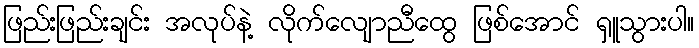
ဖြည်းဖြည်းချင်း အလုပ်နဲ့ လိုက်လျောညီထွေ ဖြစ်အောင် ရှူသွားပါ။